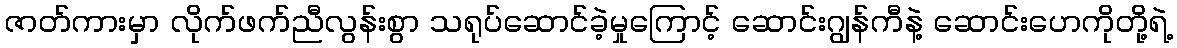
ဇာတ်ကားမှာ လိုက်ဖက်ညီလွန်းစွာ သရုပ်ဆောင်ခဲ့မှုကြောင့် ဆောင်းဂျွန်ကီနဲ့ ဆောင်းဟေကိုတို့ရဲ့